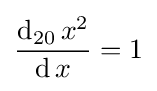
{\frac {\operatorname {d} _{20}x^{2}}{\operatorname {d} x}}=1